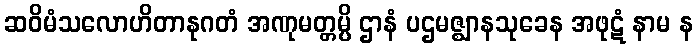
ဆဝိမံသလောဟိတာနုဂတံ အဏုမတ္တမ္ပိ ဌာနံ ပဌမဇ္ဈာနသုခေန အဖုဋံ နာမ န